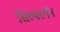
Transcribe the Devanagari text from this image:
सिल्वरमॅन